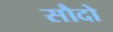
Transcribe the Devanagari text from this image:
सौदो